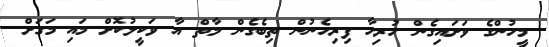
މީހުންގެ ވަށައިގެން ހުރިހާ ފިރިހެނުން ތިބެގެން މާތް އާ ވަކީލުކޮށް މައި މަގަށް